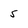
Character: 5